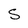
Character: S